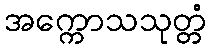
အက္ကောသသုတ္တံ